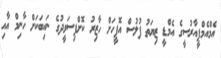
އެމްއެމްޕީއާރުސީގެ އެމްޑީ ޒިޔަތު ފުލުސް އޮފީހަށް ހާޒިރު ކޮށްފިސަވީދުގެ ނައިބަކަށް ހާނިމް އާއި